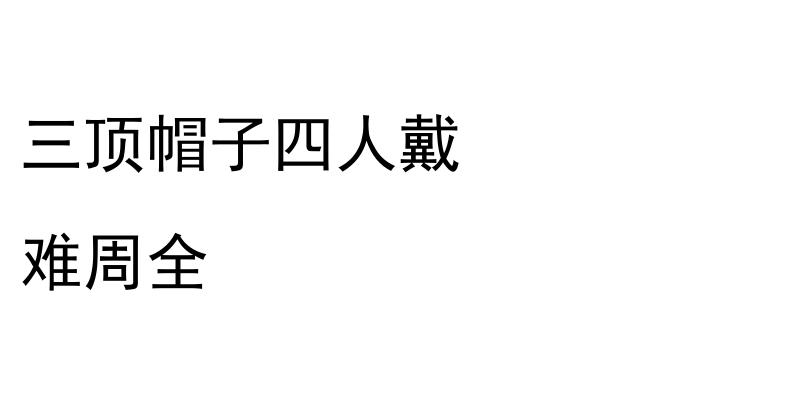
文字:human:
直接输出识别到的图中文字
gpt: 三顶帽子四人戴 难周全